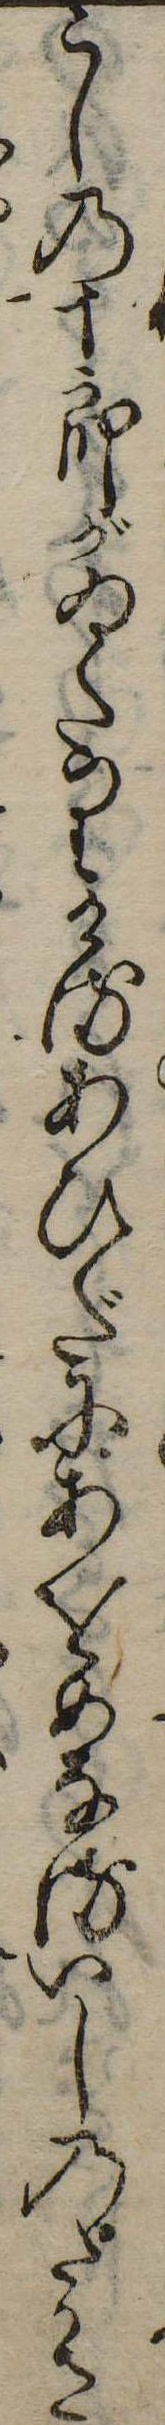
こしの十郎がゐたりけるあひだにあをめなるいしのたかさ